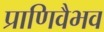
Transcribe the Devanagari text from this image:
प्राणिवैभव